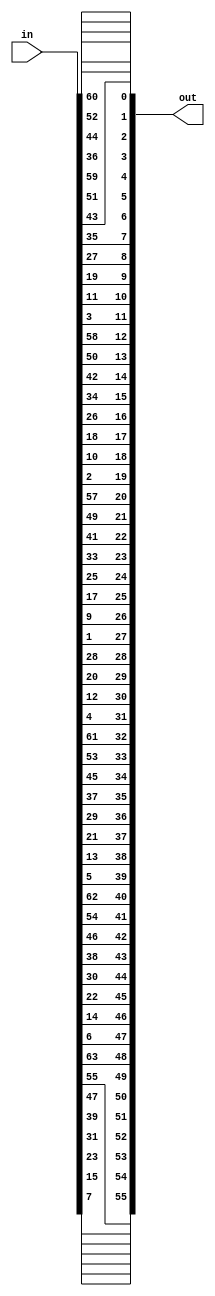
module PC1(input [1:64]in,output[0:55]out);
assign out[0]=in[57];
assign out[1]=in[49];
assign out[2]=in[41];
assign out[3]=in[33];
assign out[4]=in[25];
assign out[5]=in[17];
assign out[6]=in[9];
assign out[7]=in[1];
assign out[8]=in[58];
assign out[9]=in[50];
assign out[10]=in[42];
assign out[11]=in[34];
assign out[12]=in[26];
assign out[13]=in[18];
assign out[14]=in[10];
assign out[15]=in[2];
assign out[16]=in[59];
assign out[17]=in[51];
assign out[18]=in[43];
assign out[19]=in[35];
assign out[20]=in[27];
assign out[21]=in[19];
assign out[22]=in[11];
assign out[23]=in[3];
assign out[24]=in[60];
assign out[25]=in[52];
assign out[26]=in[44];
assign out[27]=in[36];
assign out[28]=in[63];
assign out[29]=in[55];
assign out[30]=in[47];
assign out[31]=in[39];
assign out[32]=in[31];
assign out[33]=in[23];
assign out[34]=in[15];
assign out[35]=in[7];
assign out[36]=in[62];
assign out[37]=in[54];
assign out[38]=in[46];
assign out[39]=in[38];
assign out[40]=in[30];
assign out[41]=in[22];
assign out[42]=in[14];
assign out[43]=in[6];
assign out[44]=in[61];
assign out[45]=in[53];
assign out[46]=in[45];
assign out[47]=in[37];
assign out[48]=in[29];
assign out[49]=in[21];
assign out[50]=in[13];
assign out[51]=in[5];
assign out[52]=in[28];
assign out[53]=in[20];
assign out[54]=in[12];
assign out[55]=in[4];
endmodule